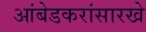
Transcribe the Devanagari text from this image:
आंबेडकरांसारखे